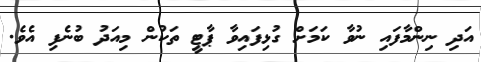
އަދި ނިންމާފައި ނުވާ ކަމަށް ގުޅިފައިވާ ޕާޓީ ތަކުން މިިއަދު ބުނެފި އެވެ.